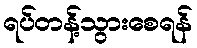
ရပ်တန့်သွားစေရန်